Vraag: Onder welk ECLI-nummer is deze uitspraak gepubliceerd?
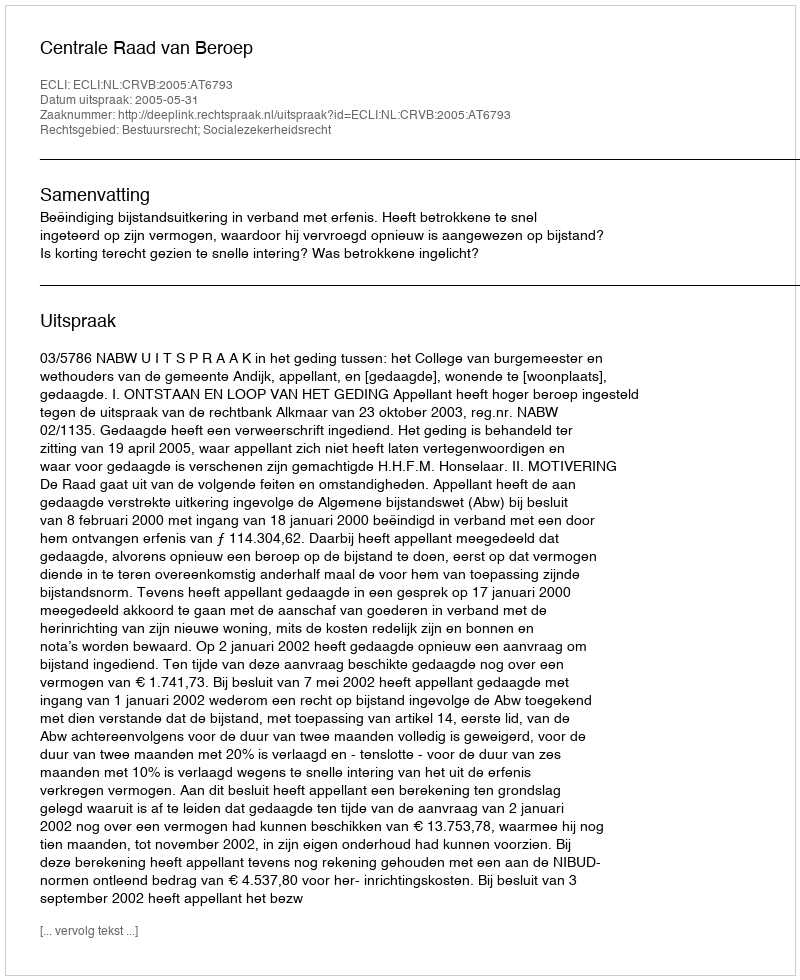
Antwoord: ECLI:NL:CRVB:2005:AT6793